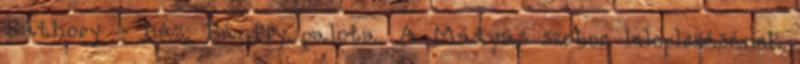
Báthory - ház, Bánffy palota. A Mátyás szobor leleplezésének